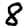
Digit: 8